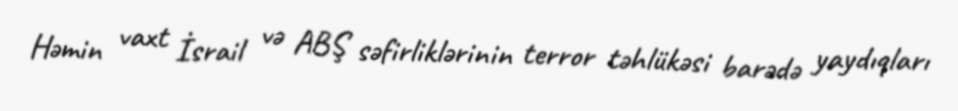
Həmin vaxt İsrail və ABŞ səfirliklərinin terror təhlükəsi barədə yaydıqları